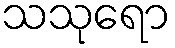
သသုရော